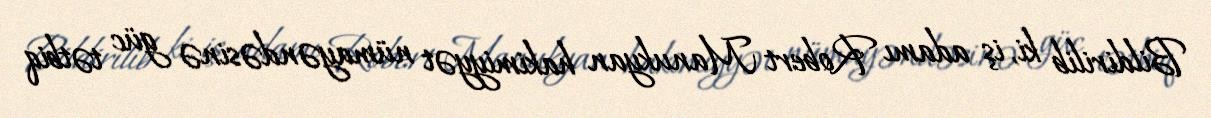
Bildirilib ki, iş adamı Robert Manukyan hakimiyyət nümayəndəsinə güc tətbiq